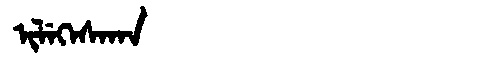
Manchu: ᡳᠯᡝᡴᡝᠰᠠᡴᠠ
Romanization: ILEKESAKA